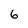
Character: 6